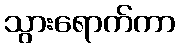
သွားရောက်ကာ